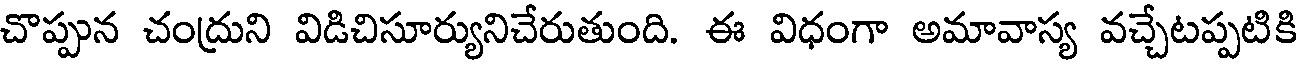
చొప్పున చంద్రుని విడిచిసూర్యునిచేరుతుంది. ఈ విధంగా అమావాస్య వచ్చేటప్పటికి